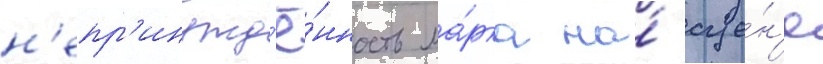
н'епр'инужд'ё́нность ма́рка на́ сце́н'е